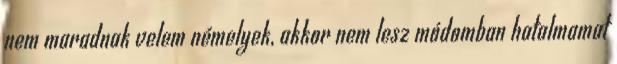
nem maradnak velem némelyek, akkor nem lesz módomban hatalmamat